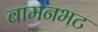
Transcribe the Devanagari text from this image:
बामनभट